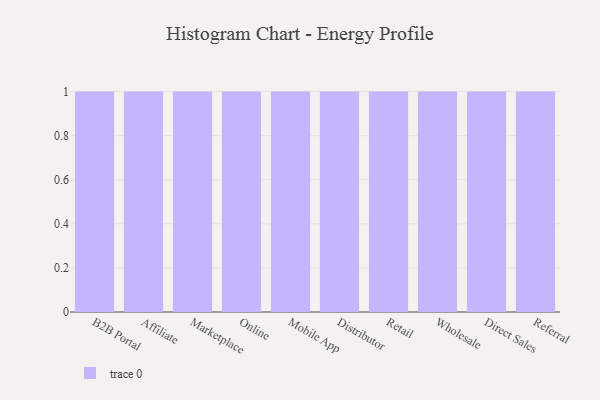
{"axis": {"x": "Channel", "y": "Budget (USD K)"}, "legend": [""], "data": [{"x": "B2B Portal", "y": 77, "type": ""}, {"x": "Affiliate", "y": 44, "type": ""}, {"x": "Marketplace", "y": 13, "type": ""}, {"x": "Online", "y": 9, "type": ""}, {"x": "Mobile App", "y": 90, "type": ""}, {"x": "Distributor", "y": 59, "type": ""}, {"x": "Retail", "y": 93, "type": ""}, {"x": "Wholesale", "y": 26, "type": ""}, {"x": "Direct Sales", "y": 76, "type": ""}, {"x": "Referral", "y": 30, "type": ""}]}